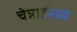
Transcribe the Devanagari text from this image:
चेन्नाईमध्ये